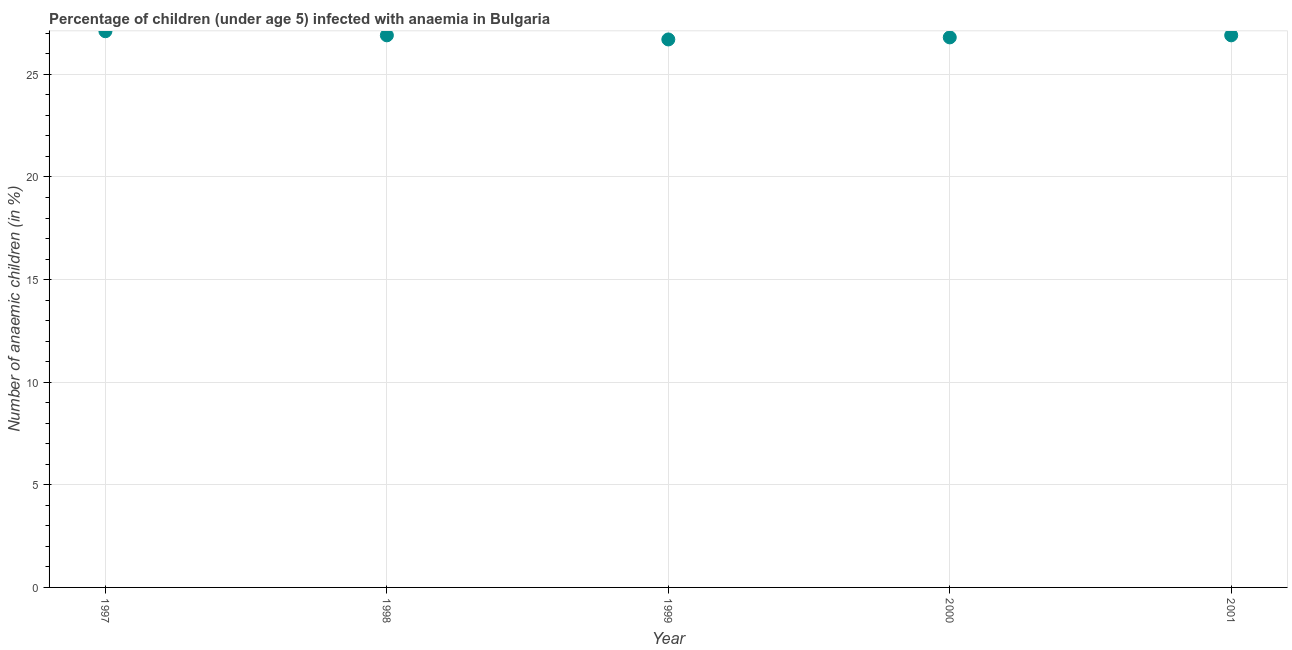
| Year | Prevalence of anemia among children |
 | --- | --- |
 | 1997 | 27.1 |
 | 1998 | 26.9 |
 | 1999 | 26.7 |
 | 2000 | 26.8 |
 | 2001 | 26.9 |